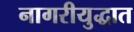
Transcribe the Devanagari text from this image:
नागरीयुद्धात